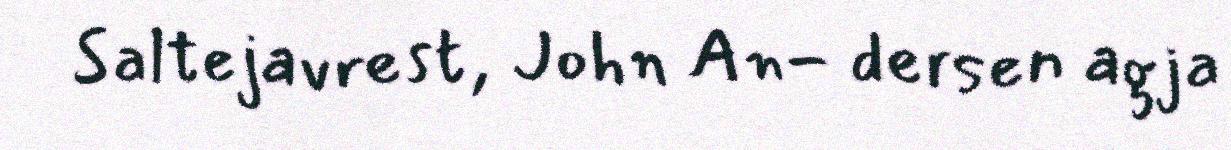
Saltejavrest, John An- dersen agja